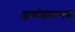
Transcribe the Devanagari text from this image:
असंख्यानम्‌